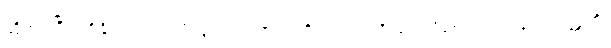
ဆိုအပ်ပြီ။ ကိန္တိ၊ အဘယ်သို့လျှင်။ ပညာပေတိ၊ အပြားတို့ဖြင့် သိစေတတ်သနည်း။ ဣတိ၊